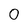
Character: 0